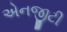
એનજીટી